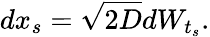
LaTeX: dx_{s}=\sqrt{2D}dW_{t_{s}}.